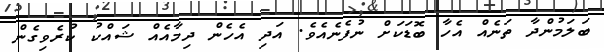
ބަލަމުންދާ ތަނެއް އެހާ ބޮޑަކަށް ނުފެނެއެވެ. އަދި އެހެން ދިމާއެއް ޝައްކު ކުރެވިގެން